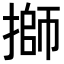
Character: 𢲐